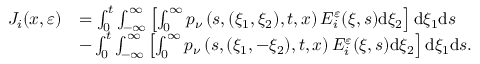
\begin{array} { r l } { J _ { i } ( x , \varepsilon ) } & { = \int _ { 0 } ^ { t } \int _ { - \infty } ^ { \infty } \left[ \int _ { 0 } ^ { \infty } p _ { \nu } \left( s , ( \xi _ { 1 } , \xi _ { 2 } ) , t , x \right) E _ { i } ^ { \varepsilon } ( \xi , s ) \mathrm { d } \xi _ { 2 } \right] \mathrm { d } \xi _ { 1 } \mathrm { d } s } \\ & { - \int _ { 0 } ^ { t } \int _ { - \infty } ^ { \infty } \left[ \int _ { 0 } ^ { \infty } p _ { \nu } \left( s , ( \xi _ { 1 } , - \xi _ { 2 } ) , t , x \right) E _ { i } ^ { \varepsilon } ( \xi , s ) \mathrm { d } \xi _ { 2 } \right] \mathrm { d } \xi _ { 1 } \mathrm { d } s . } \end{array}